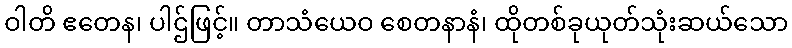
ဝါတိ ဧတေန၊ ပါဌ်ဖြင့်။ တာသံယေဝ စေတနာနံ၊ ထိုတစ်ခုယုတ်သုံးဆယ်သော